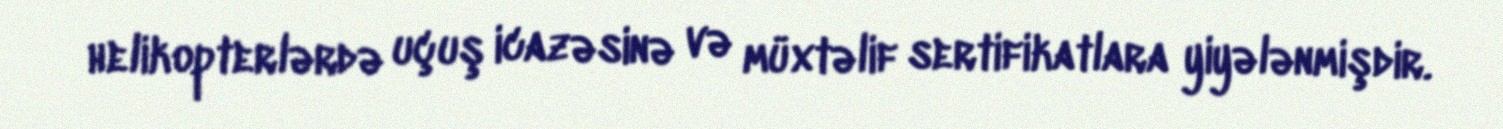
helikopterlərdə uçuş icazəsinə və müxtəlif sertifikatlara yiyələnmişdir.